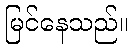
မြင်နေသည်။